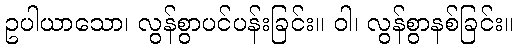
ဥပါယာသော၊ လွန်စွာပင်ပန်းခြင်း။ ဝါ၊ လွန်စွာနစ်ခြင်း။